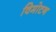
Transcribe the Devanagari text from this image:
विमोटन